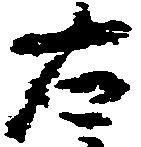
右